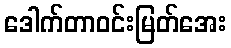
ဒေါက်တာဝင်းမြတ်အေး